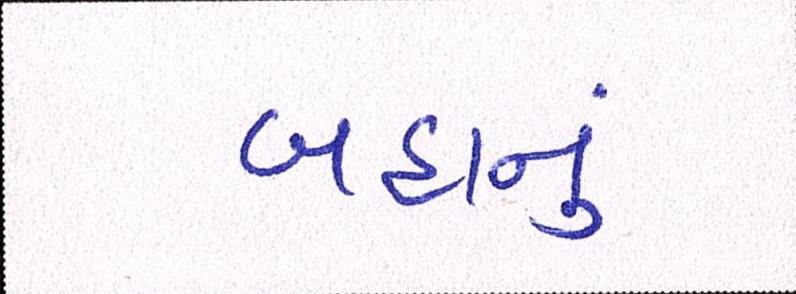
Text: બહાનું